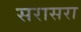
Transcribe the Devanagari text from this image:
सरासरा